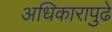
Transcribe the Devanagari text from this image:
अधिकारापुढे